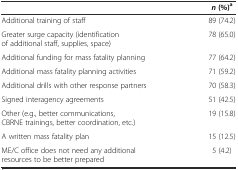
|  | n(%)a |
 | --- | --- |
 | Additional training of staff | 89 (74.2) |
 | Greater surge capacity (identification of additional staff, supplies, space) | 78 (65.0) |
 | Additional funding for mass fatality planning | 77 (64.2) |
 | Additional mass fatality planning activities | 71 (59.2) |
 | Additional drills with other response partners | 70 (58.3) |
 | Signed interagency agreements | 51 (42.5) |
 | Other (e.g., better communications, CBRNE trainings, better coordination, etc.) | 19 (15.8) |
 | A written mass fatality plan | 15 (12.5) |
 | ME/C office does not need any additional resources to be better prepared | 5 (4.2) |